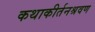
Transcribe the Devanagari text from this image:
कथाकीर्तनश्रवण